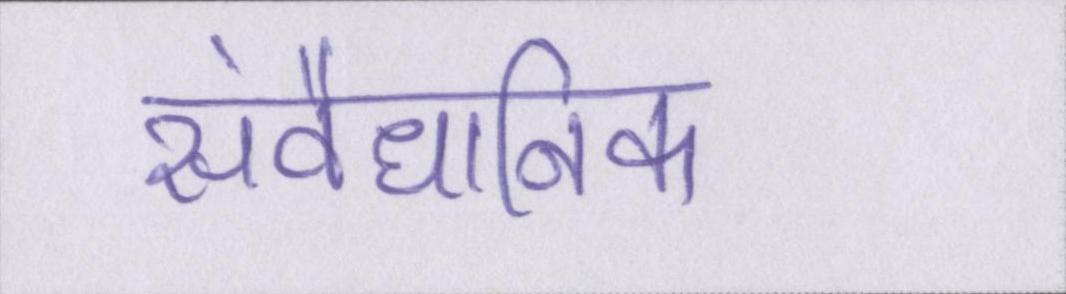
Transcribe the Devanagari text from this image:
संवैधानिक